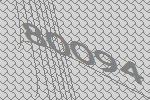
80094